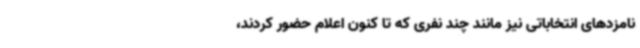
نامزدهای انتخاباتی نیز مانند چند نفری که تا کنون اعلام حضور کردند،